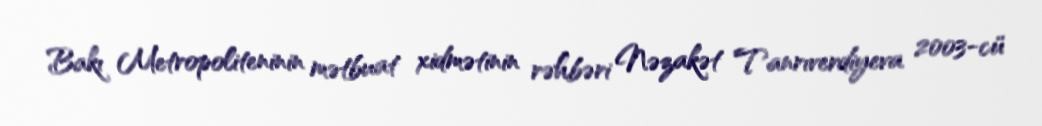
Bakı Metropoliteninin mətbuat xidmətinin rəhbəri Nəzakət Tanrıverdiyeva 2003-cü